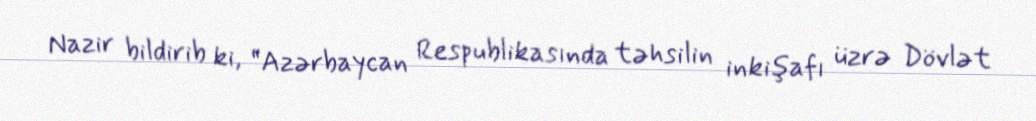
Nazir bildirib ki, “Azərbaycan Respublikasında təhsilin inkişafı üzrə Dövlət